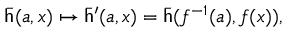
{ \bar { \mathsf { h } } } ( a , x ) \mapsto { \bar { \mathsf { h } } } ^ { \prime } ( a , x ) = { \bar { \mathsf { h } } } ( f ^ { - 1 } ( a ) , f ( x ) ) ,